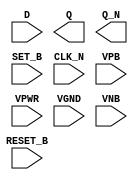
module sky130_fd_sc_hd__dfbbn (
    //# {{data|Data Signals}}
    input  D      ,
    output Q      ,
    output Q_N    ,

    //# {{control|Control Signals}}
    input  RESET_B,
    input  SET_B  ,

    //# {{clocks|Clocking}}
    input  CLK_N  ,

    //# {{power|Power}}
    input  VPB    ,
    input  VPWR   ,
    input  VGND   ,
    input  VNB
);
endmodule